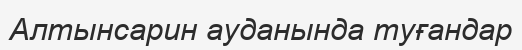
Алтынсарин ауданында туғандар